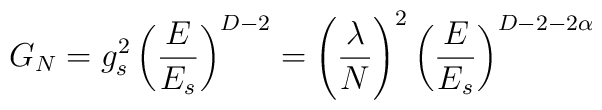
G_{N} = g_s^2 \left({E \over E_s}\right)^{D-2} = \left({\lambda \over N}\right)^2 \left({E \over E_s}\right)^{D-2 - 2 \alpha}